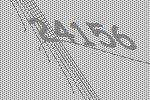
24156